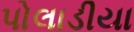
પોલાડીયા